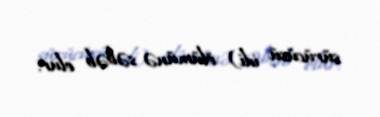
sürücüsü idi) ölümünə səbəb olur.